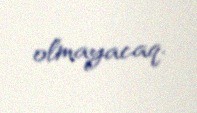
olmayacaq.